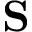
\textbf { S }